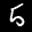
Label: 5